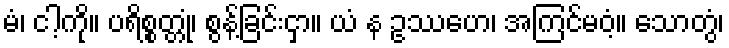
မံ၊ ငါ့ကို။ ပရိစ္စတ္တုံ၊ စွန့်ခြင်းငှာ။ ယံ န ဥဿဟေ၊ အကြင်မဝံ့။ သောတွံ၊